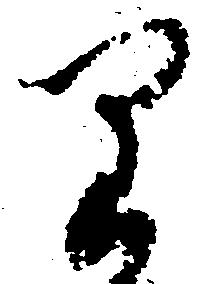
り